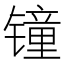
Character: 𲈛